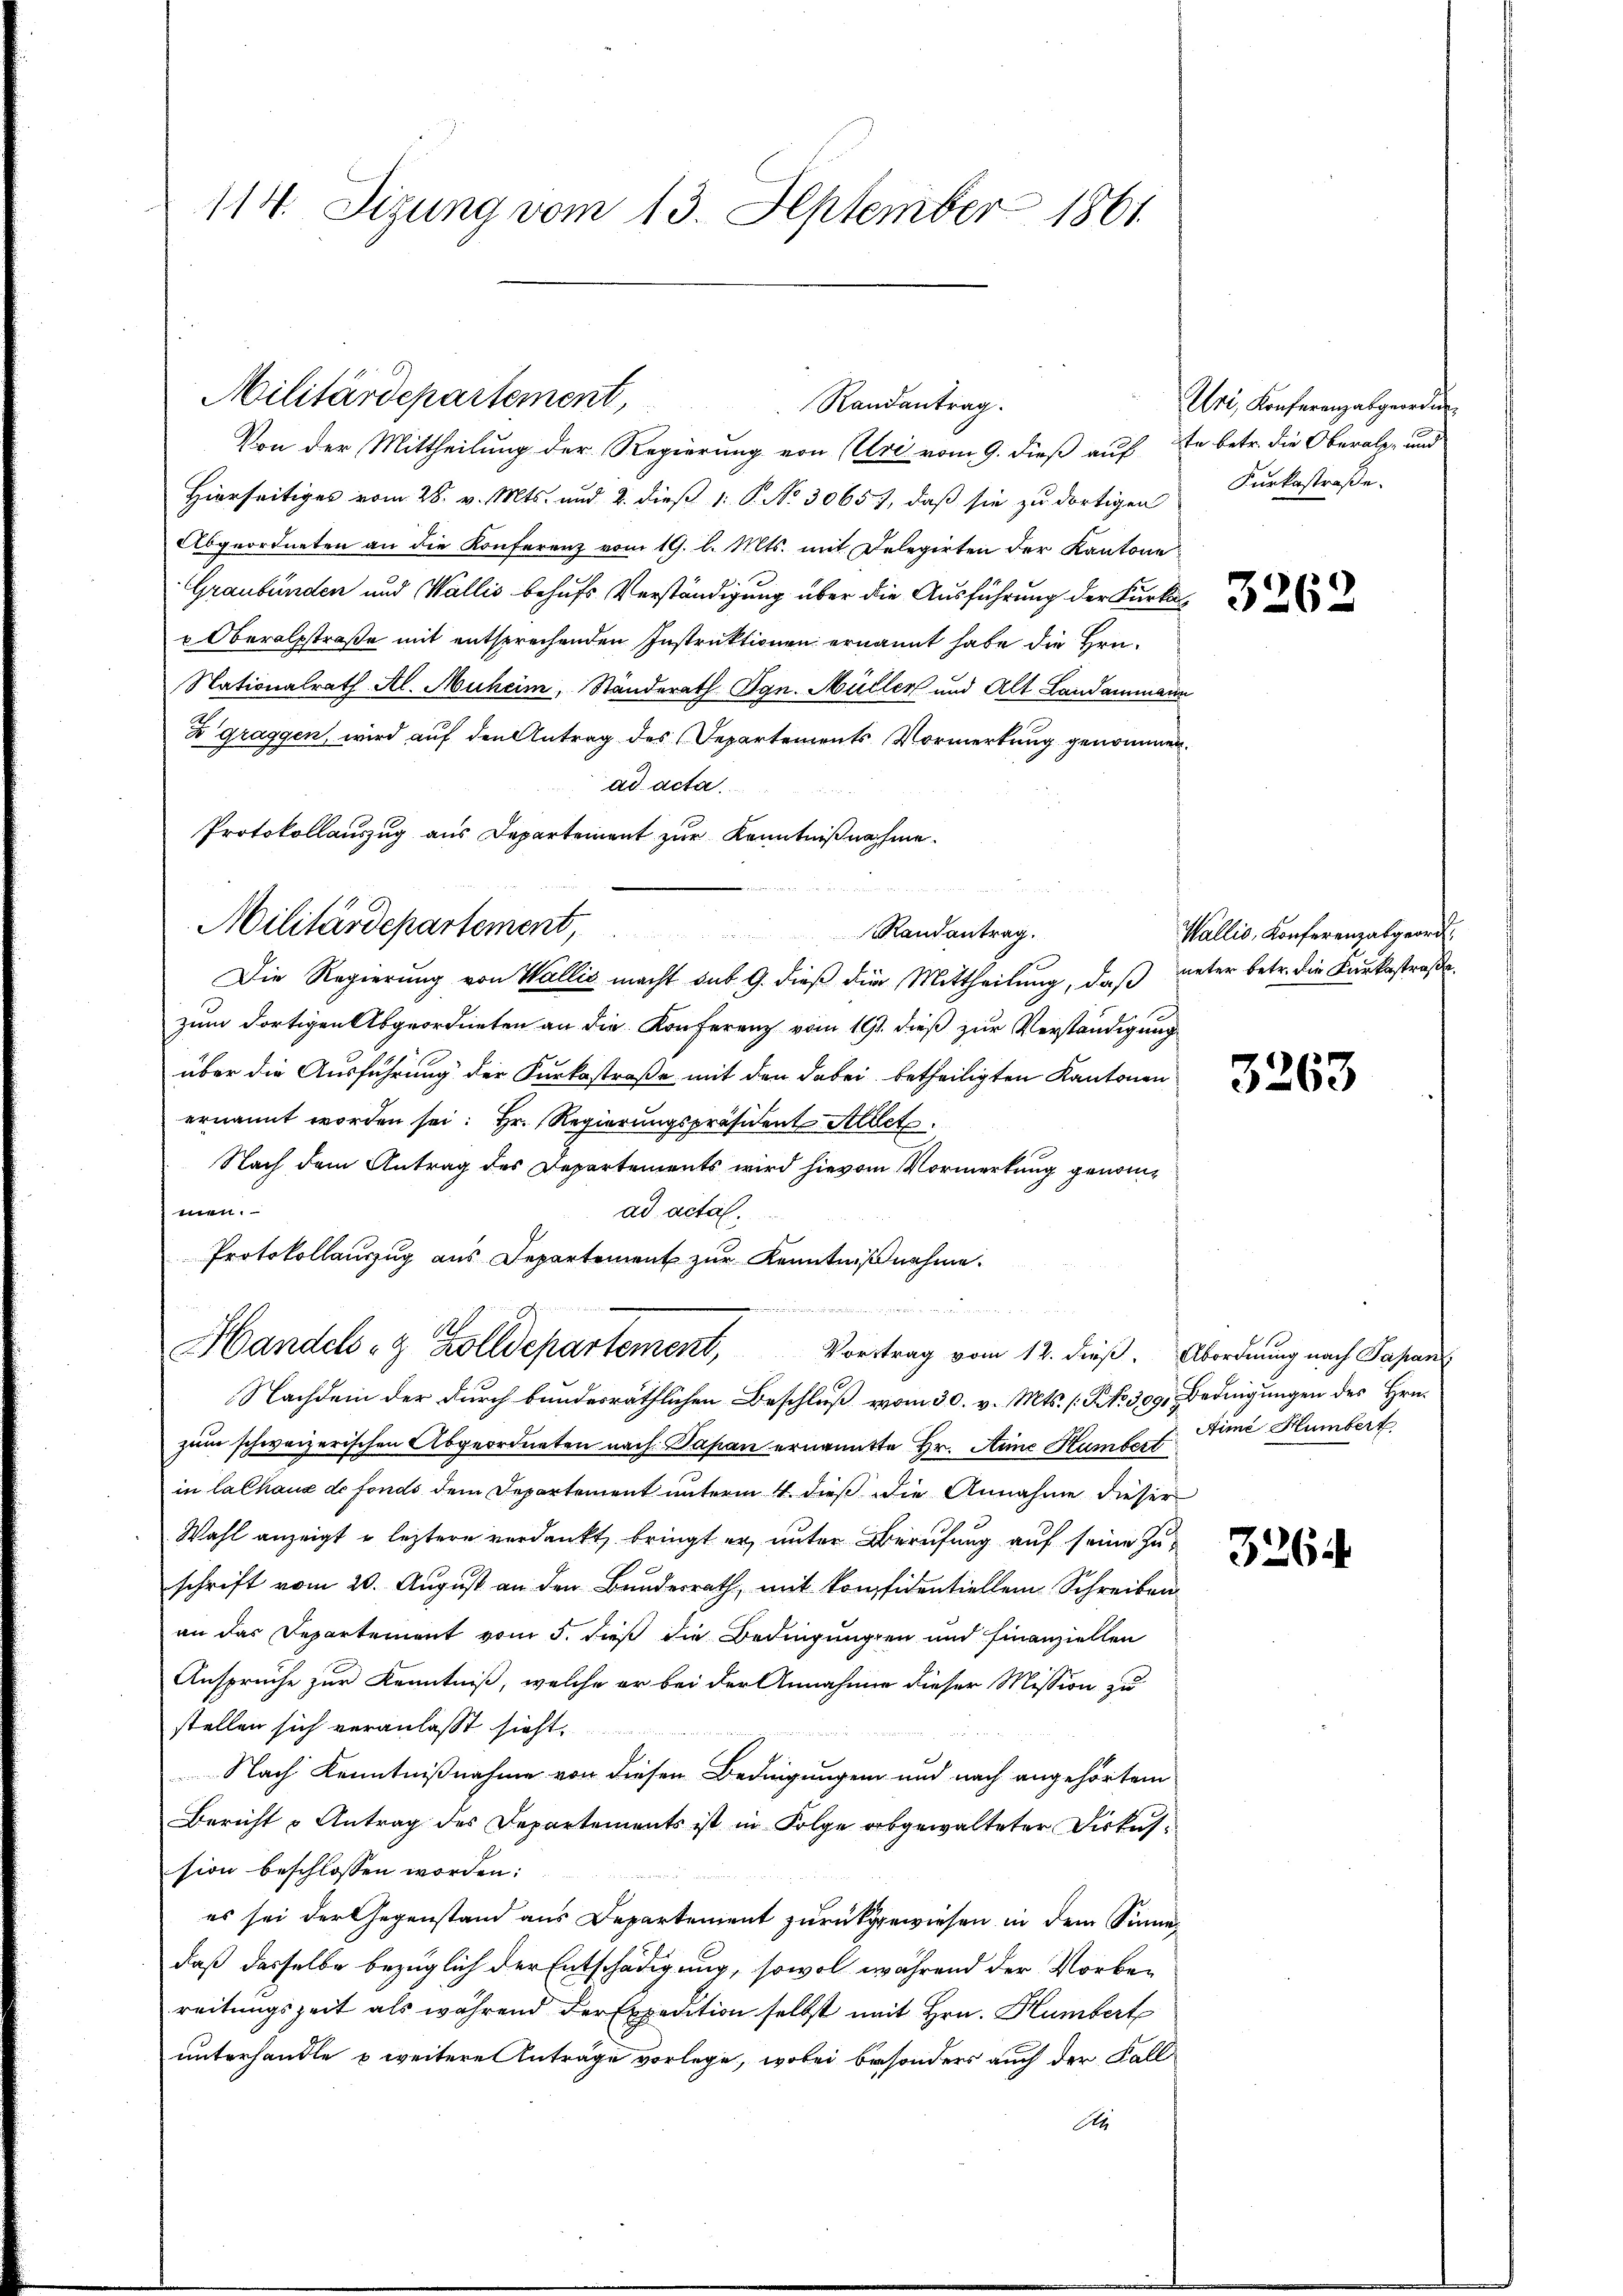
114. Sizung vom 13. September 1861

Militärdepartement,

Von der Mittheilung der Regierung von Uri vom 9. dieß auf Er betr. die Oberalpe und
Hierseitiges vom 28. v. Mts. und 2. dieß 1: P. No 30657, daß sie zu dortigen
Abgeordneten an die Konferenz vom 19. l. Mts. mit Delegirten der Kantone
Graubünden und Wallis behufs Verständigung über die Ausführung der Kurka
Oberalstraße mit entsprechenden Instruktionen ernannt habe die Hrn.
Nationalrath Al. Muheim, Ständerath Ign. Müller und Alt Landammann
Zgraggen, wird auf den Antrag des Departements Vormerkung genommen
ad acta.
Protokollauszug aus Departement zur Kenntnißnahme.
Militärdepartement,
Randantrag.
Die Regierung von Wallis macht des 9. dieß die Mittheilung, daß unter betr. die Karkastraβe.
zum dortigen Abgeordneten an die Konferenz vom 19. dieß zur Verständigung
über die Ausführung der Kurkostraße mit den dabei betheiligten Kantonen
ernannt worden sei: Hr. Regierungspräsident Allet
Nach dem Antrag des Departements wird hievon Vormerkung genommen.
ad actal.
Protokollauszug aus Departement zur Kenntnißnahme.
e

Randantrag.

Handels- & Zolldepartement, Vortrag vom 12. dieß. Abordnung nach Papan

Nachdem der durch bundesräthlichen Beschluß vom 30. v. Mts. [No 309. Bedingungen des Hrn.
zum schweizerischen Abgeordneten nach Papan ernannte Hr. Anne Humbert
in lalhaus de fonds dem Departement unterm 4. dieß die Annahme dieser
Wahl anzeigt u. leztere verdankt, bringt er, unter Berufung auf seine Zuschrift vom 20. August an den Bundesrath, mit Konfidentiellem Schreiben
an das Departement vom 5. dieß die Bedingungen und Finanziellen
Ansprüche zur Kenntniß, welche er bei der Annahmen dieser Mission zu
stellen sich veranlasst sieht.
Nach Kenntnißnahme von diesen Bedingungen und nach angehörtem
Bericht u Antrag des Departements ist in Folge abgewalteter Diskus-
sion beschlossen worden:
es sei der Gegenstand aus Departement zurückgewiesen in dem Sinne
daß dasselbe bezüglich der Entschädigung, sowol während der Vorbereitungszeit als während der Expedition selbst mit Hrn. Humbert
unterhandle u weitere Anträge vorlege, wobei besonders auch der Fall¬
A

Uri, Konferenzabgeorden
Kurkostraße.

3262

Wallis, Konferenzabgeord

3263

Aime Humbert

3264